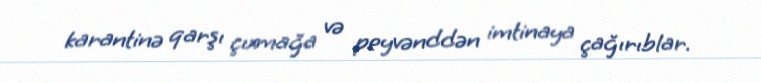
karantinə qarşı çıxmağa və peyvənddən imtinaya çağırıblar.